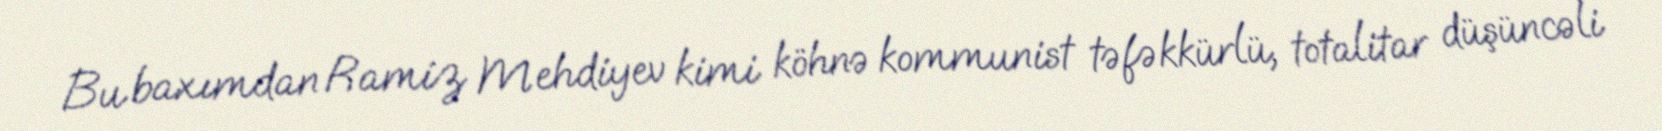
Bu baxımdan Ramiz Mehdiyev kimi köhnə kommunist təfəkkürlü, totalitar düşüncəli